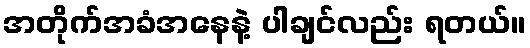
အတိုက်အခံအနေနဲ့ ပါချင်လည်း ရတယ်။